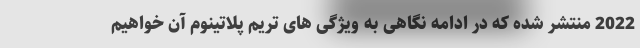
2022 منتشر شده که در ادامه نگاهی به ویژگی های تریم پلاتینوم آن خواهیم